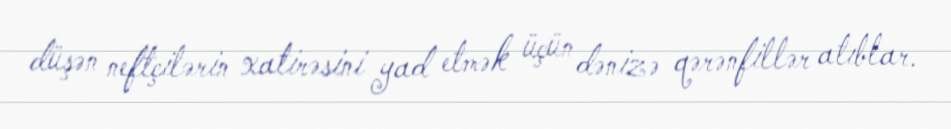
düşən neftçilərin xatirəsini yad etmək üçün dənizə qərənfillər atıblar.